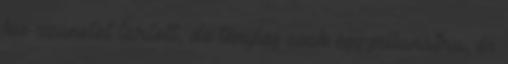
kis szünetet tartott, de tényleg csak egy pillanatra, és